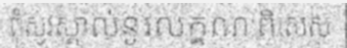
ពុំសូវស្គាល់នូវលក្ខណ:ពិសេស